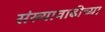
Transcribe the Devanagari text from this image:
संख्यावाढीच्या